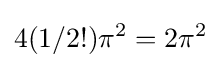
4(1/2!)\pi ^{2}=2\pi ^{2}